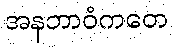
အနဘာဝံကတေ